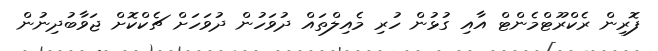
ފޮރިން ރެކްރޫޓްމެންޓް އާއި ގުޅުން ހުރި މެއިލްތައް ދުވަހުން ދުވަހަށް ޗެކްކޮށް ޖަވާބުދިނުން